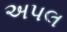
અપલ